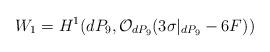
LaTeX: \begin{align*}W_1 = H^{1}(dP_9, {\cal O}_{dP_9}(3 \sigma|_{dP_9} -6F))\end{align*}